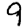
Digit: 9